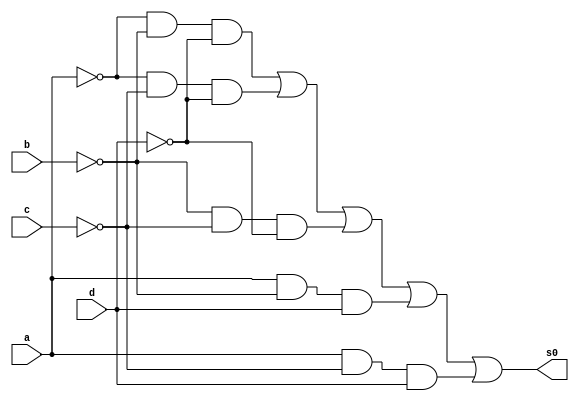
//Henrique Carvalho Parreira
//347133

module circuito (s0, a, b, c, d);

 output s0;
 input a, b, c, d;

 not NOT1 (r1,a);
 not NOT2 (r2,b);
 not NOT3 (r3,c);
 not NOT4 (r4,d);

 and AND1 (s1, r1,r2,r4);
 and AND2 (s2, r1,r3,r4);
 and AND3 (s3, r2, r3, r4);
 and AND4 (s4, a, r2,d);
 and AND5 (s5,a,r3,d);

 or OR1 (s0, s1,s2,s3,s4,s5);

endmodule // end module

module testeCircuito( );

reg a, b,c,d;
wire s0;

circuito C1(s0, a, b, c, d);

  initial begin:start
   a = 0; b=0; c=0; d=0;

  end

  initial begin: main
 
      $display("Henrique Carvalho Parreira -347133");
   $display("\n     Circuito 02\n");
 $display("\na b c d = s0\n");  
	$monitor("%b %b %b %b = %b", a, b, c, d, s0);

        #1 a = 0; b=0; c=0; d=1;
        #1 a = 0; b=0; c=1; d=0;
        #1 a = 0; b=0; c=1; d=1;
        #1 a = 0; b=1; c=0; d=0;
        #1 a = 0; b=1; c=0; d=1;
        #1 a = 0; b=1; c=1; d=0;
        #1 a = 0; b=1; c=1; d=1;
        #1 a = 1; b=0; c=0; d=0;
        #1 a = 1; b=0; c=0; d=1;
        #1 a = 1; b=0; c=1; d=0;
        #1 a = 1; b=0; c=1; d=1;
        #1 a = 1; b=1; c=0; d=0;
        #1 a = 1; b=1; c=0; d=1;
        #1 a = 1; b=1; c=1; d=0;
        #1 a = 1; b=1; c=1; d=1;

  end
endmodule // end module

/*

		Henrique Carvalho Parreira
		347133
		  
         Circuito 02
    
    
    a b c d = s0
    
    0 0 0 0 = 1
    0 0 0 1 = 0
    0 0 1 0 = 1
    0 0 1 1 = 0
    0 1 0 0 = 1
    0 1 0 1 = 0
    0 1 1 0 = 0
    0 1 1 1 = 0
    1 0 0 0 = 1
    1 0 0 1 = 1
    1 0 1 0 = 0
    1 0 1 1 = 1
    1 1 0 0 = 0
    1 1 0 1 = 1
    1 1 1 0 = 0
    1 1 1 1 = 0

*/